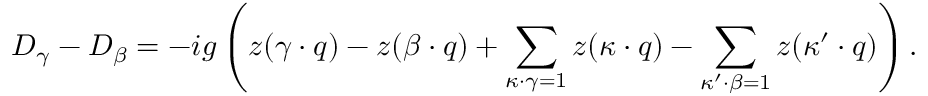
D _ { \gamma } - D _ { \beta } = - i g \left( z ( \gamma \cdot q ) - z ( \beta \cdot q ) + \sum _ { \kappa \cdot \gamma = 1 } z ( \kappa \cdot q ) - \sum _ { \kappa ^ { \prime } \cdot \beta = 1 } z ( \kappa ^ { \prime } \cdot q ) \right) .